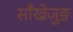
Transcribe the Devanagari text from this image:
साँखेजुङ